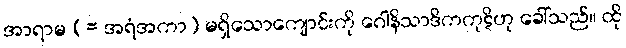
အာရာမ (= အရံအကာ) မရှိသောကျောင်းကို ဂေါနိသာဒိကကုဋိဟု ခေါ်သည်။ ထို